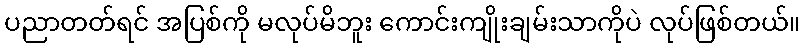
ပညာတတ်ရင် အပြစ်ကို မလုပ်မိဘူး ကောင်းကျိုးချမ်းသာကိုပဲ လုပ်ဖြစ်တယ်။